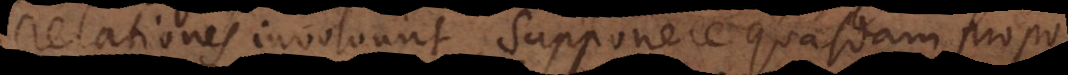
relationes involvunt, supponere quasdam propo